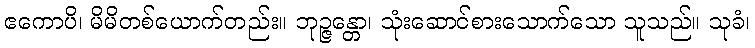
ဧကောပိ၊ မိမိတစ်ယောက်တည်း။ ဘုဉ္ဇန္တော၊ သုံးဆောင်စားသောက်သော သူသည်။ သုခံ၊